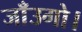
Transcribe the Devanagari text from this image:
जाँउगो।